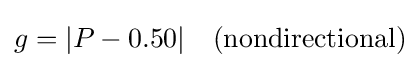
g=|P-0.50|\quad ({\text{nondirectional}})